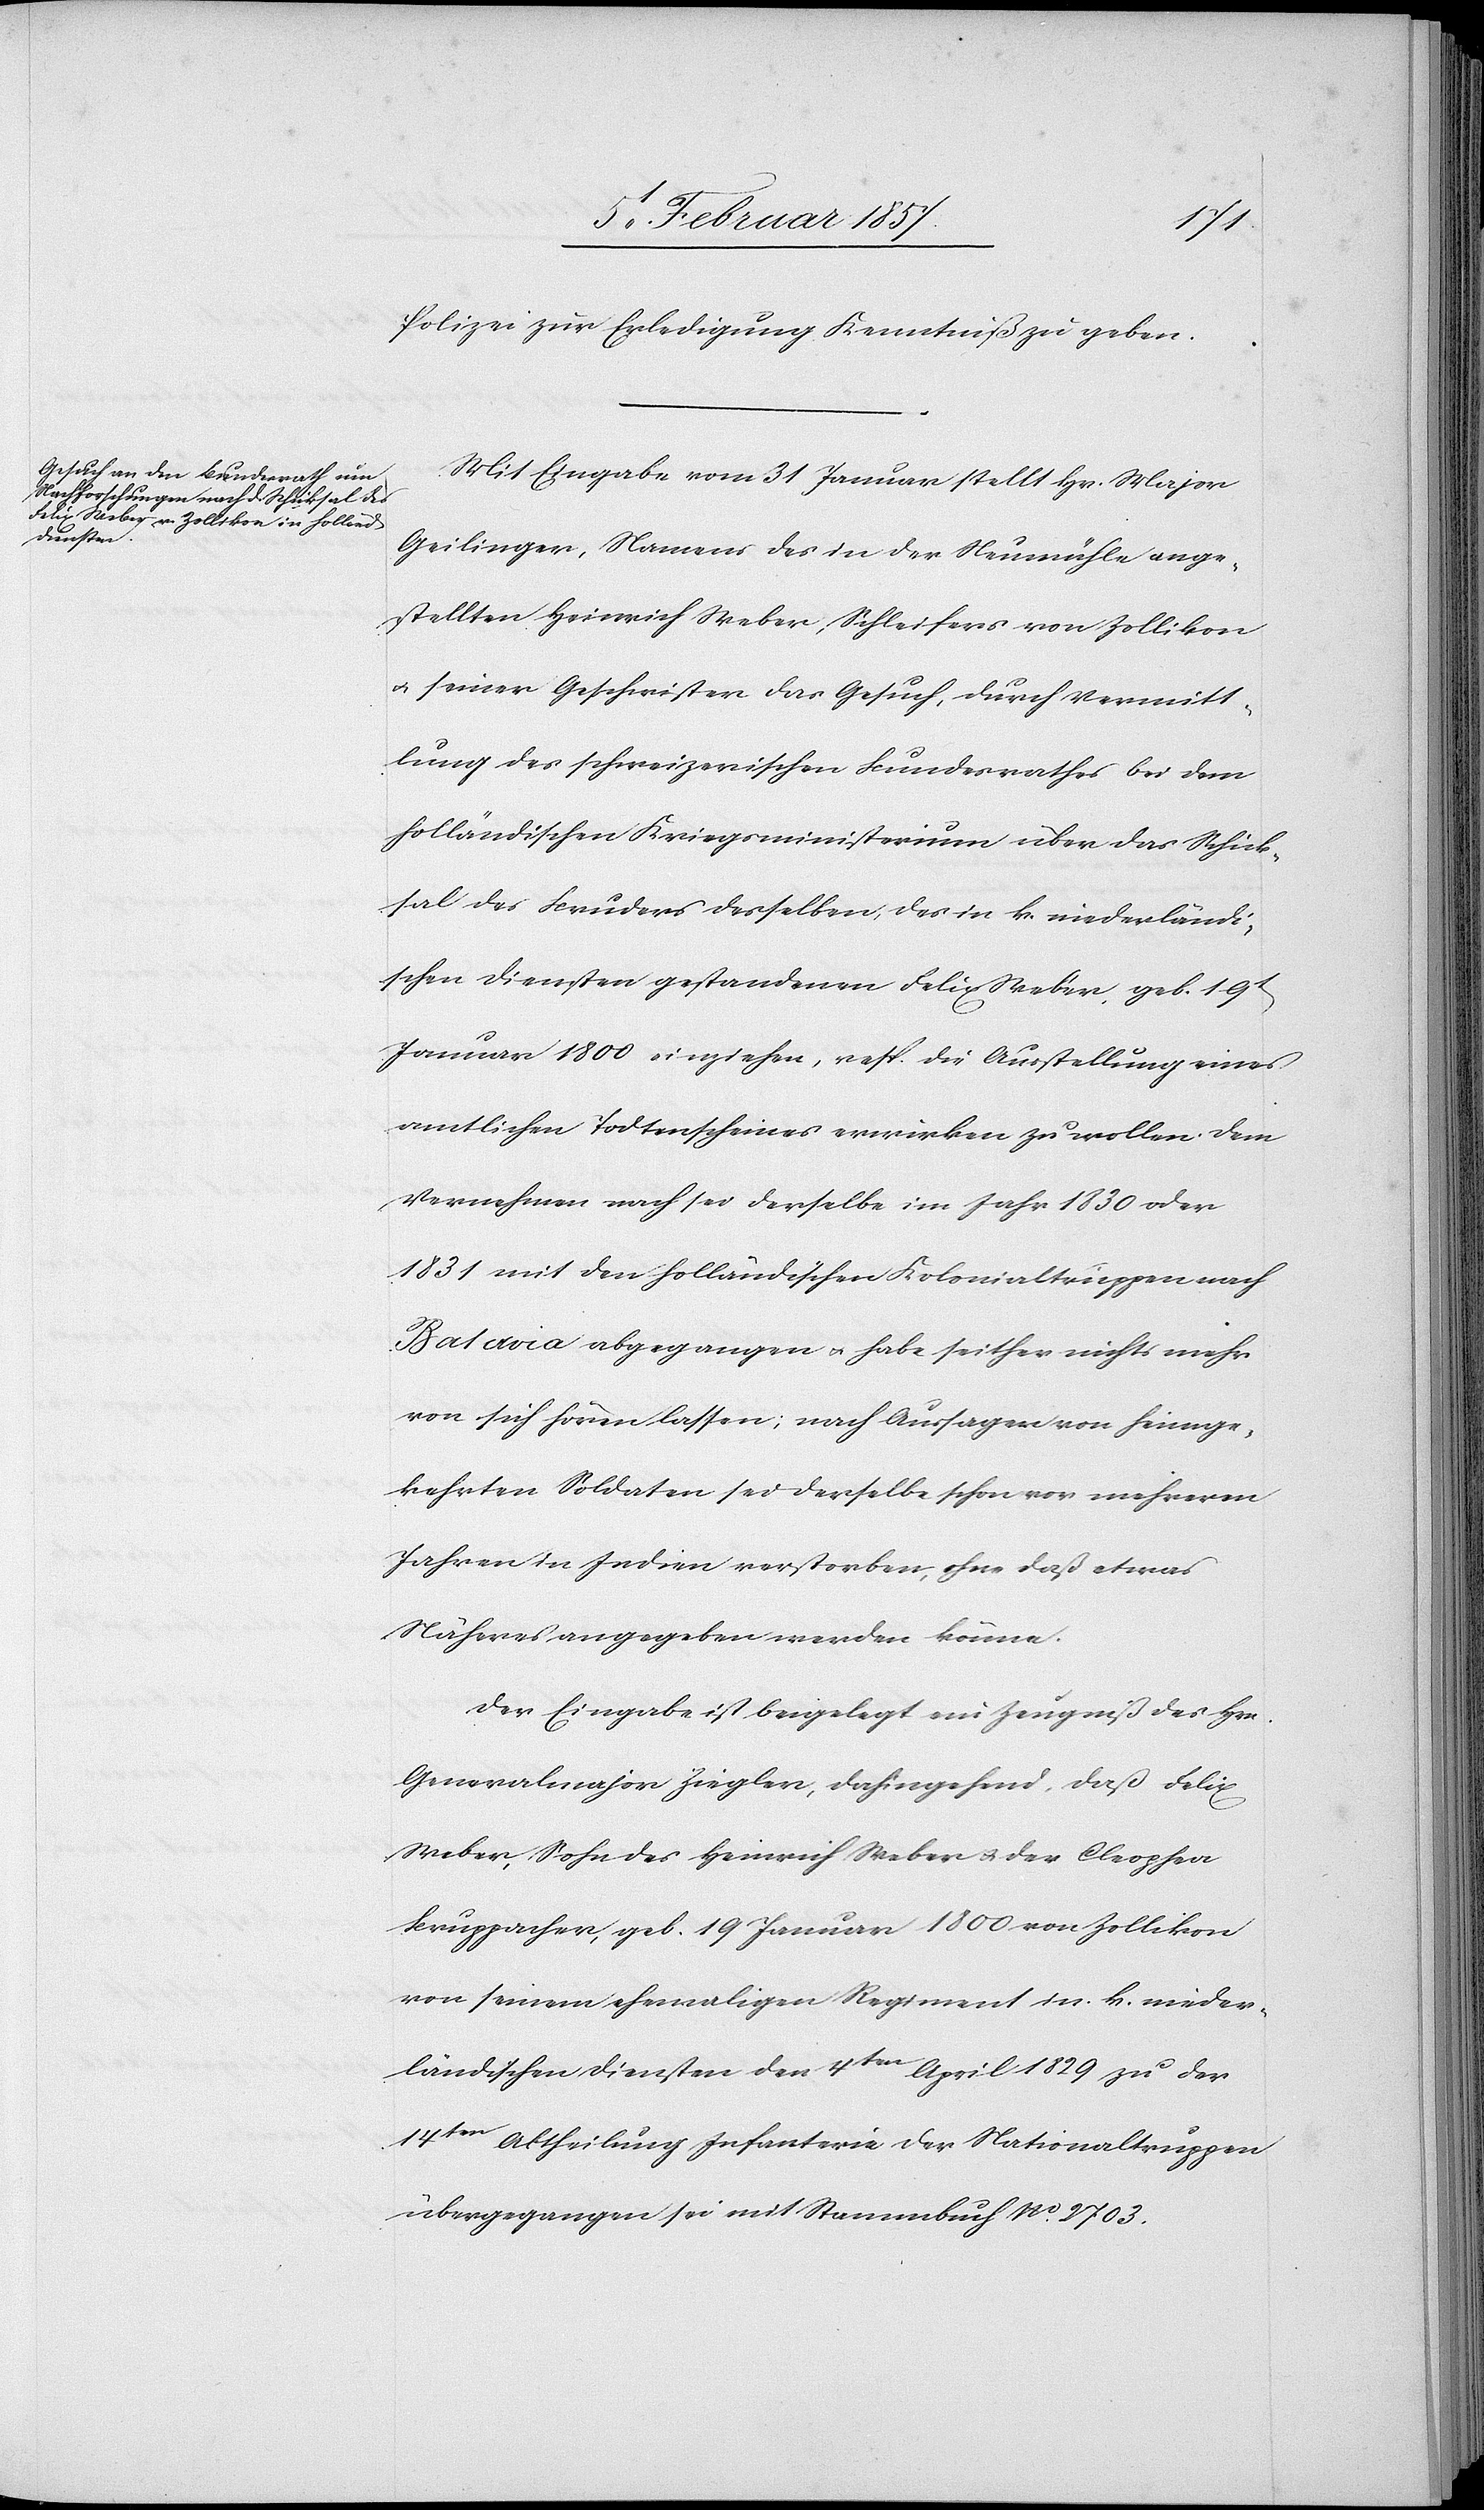
1800
Polizei zur Erledigung Kenntniß zu geben.
Mit Eingabe vom 31 Januar stellt Hr. Major
Geilinger, Namens des in der Neumühle ange¬
stellten Heinrich Weber Schleifer von Zollikon
u. seiner Geschwister das Gesuch, durch Vermitt¬
lung des schweizerischen Bundesrathes bei dem
holländischen Kriegsministerium über das Schick¬
sal des Bruder desselben, des in k. niederländi¬
scher Dienste gestandenen Felix Weber geb. 19t
amtlichen Todtenscheines erwirken zu wollen. Dem
Vernehmen nach sei derselbe im Jahr 1830 oder
1831 mit den holländischen Kolonialtruppen nach
Batavia abgegangen & habe seither nichts mehr
von sich hören lassen; nach Ausfragen von heimge¬
kehrten Soldaten sei derselbe schon vor mehreren
Jahren in Indien verstorben, ohne daß etwas
Näheres angegeben werden könne.
Der Eingabe ist beigelegt ein Zeugnis des Hrn.
Generalmajor Ziegler, dahingehend, daß Felix
Weber, Sohn des Heinrich Weber & der Cleophea
Kruppacher, geb.19 Januar 1800 von Zollikon
von seinem ehemaligen Regiment in k. nieder¬
ländischen Diensten den 4ten April 1829 zu de¬
r14ten Abtheilung Infanterie der Nationaltruppen
übergegangen sei mit Stammbuch No. 2703.